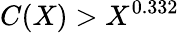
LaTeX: C(X)>X^{0.332}